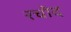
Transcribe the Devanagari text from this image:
रचोद